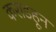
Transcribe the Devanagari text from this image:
कराडहून